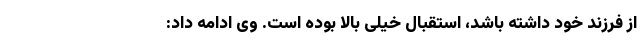
از فرزند خود داشته باشد، استقبال خیلی بالا بوده است. وی ادامه داد: